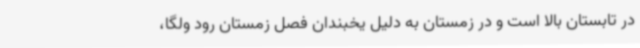
در تابستان بالا است و در زمستان به دلیل یخبندان فصل زمستان رود ولگا،